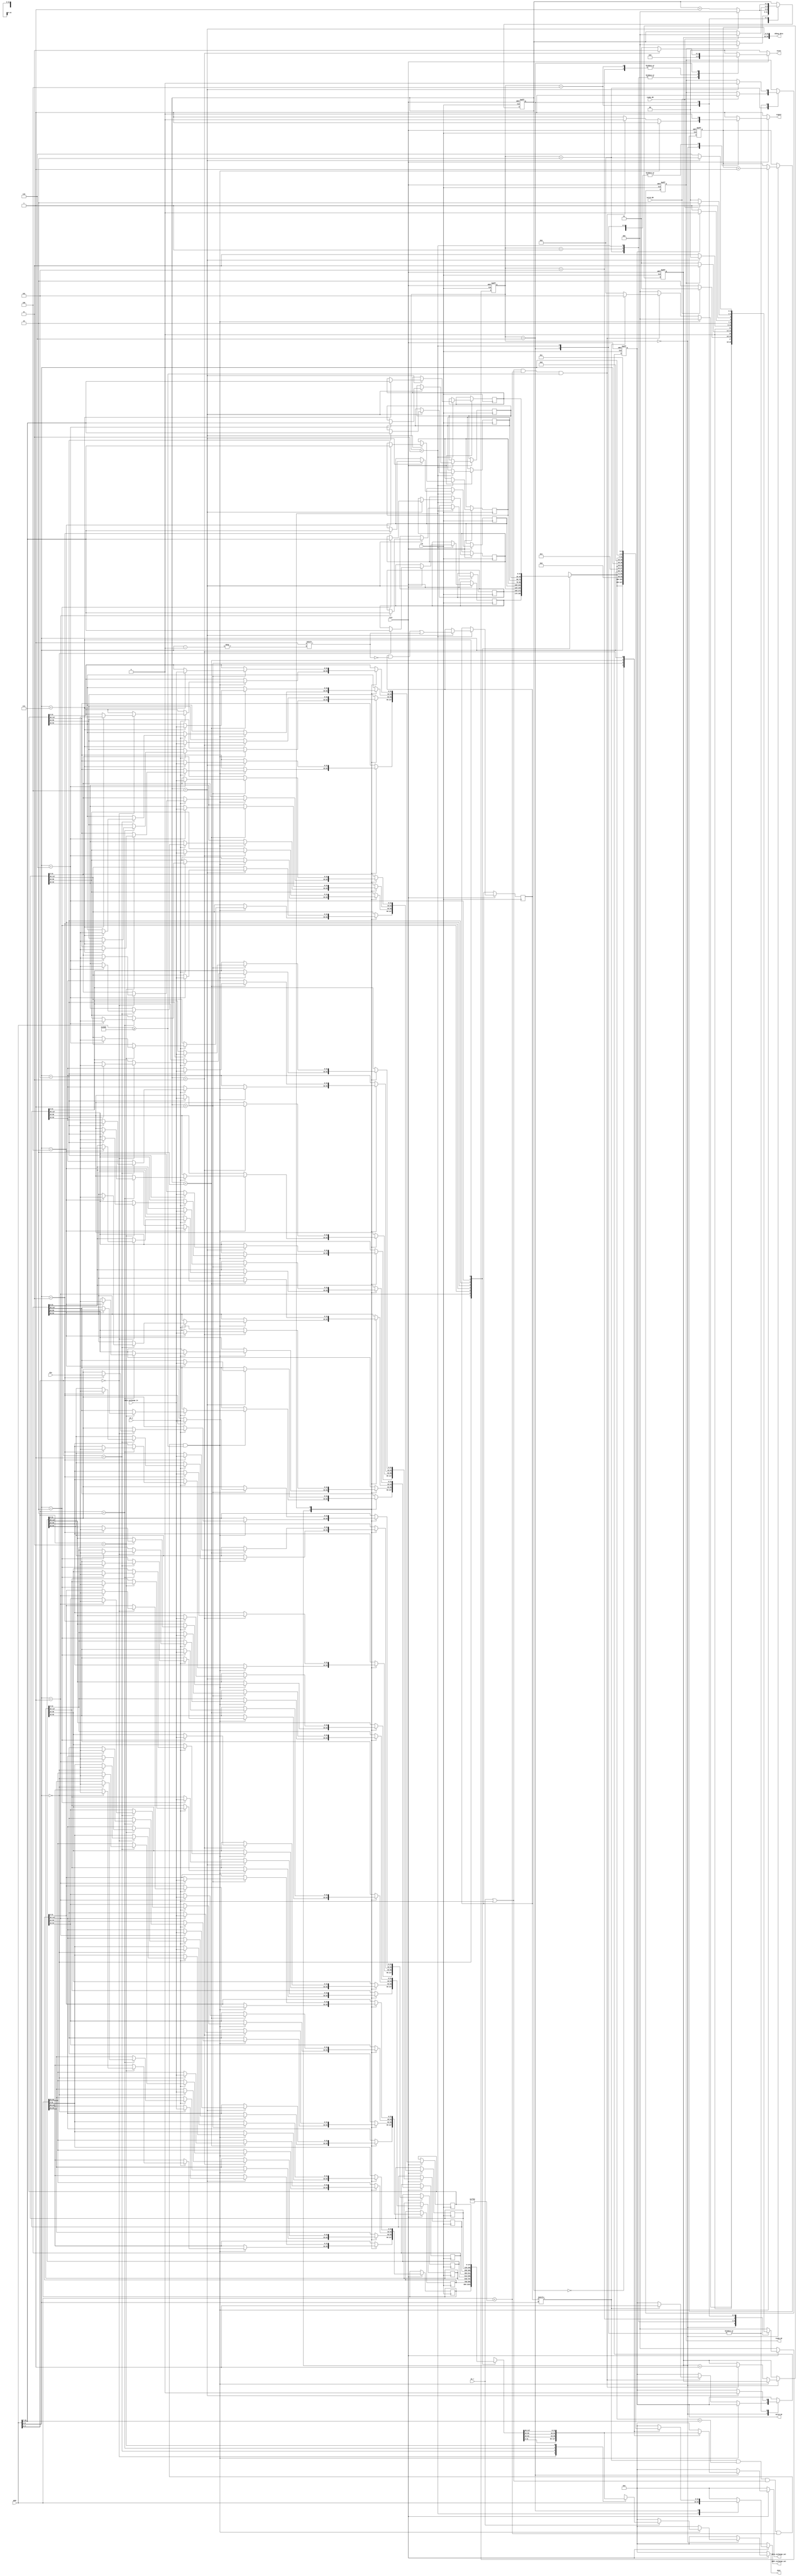
`timescale 1ns / 1ps
//////////////////////////////////////////////////////////////////////////////////
// Company: 
// Engineer: 
// 
// Design Name: 
// Module Name: Dcache
// Project Name: 
// Target Devices: 
// Tool Versions: 
// Description: 
// 
// Dependencies: 
// 
// Revision:
// Revision 0.01 - File Created
// Additional Comments:
// 
//////////////////////////////////////////////////////////////////////////////////

//Cache 8 4 1KB
module Dcache(
    output [63:0] debug_data,
    input clk,
    input rstn,
    input we_r,         //
    input we_w,         //
    input [31:0] addr,      //
    input [31:0] din,       //
    // input [31:0] addr_exchange_in,      //
    input [31:0] data_exchange_in,      //
    input ready_DM,         //Memready
    input valid_DM,         //Memvalid
    output reg[31:0] dout,     //
    output reg [31:0] addr_exchange_out,    //
    output reg [31:0] data_exchange_out,    //
    output valid_DC,        //Cachevalid
    output ready_DC,        //Cacheready
    output signal,          //
    output reg [1:0] state
);
reg [7:0] valid = 8'b0;
reg [24:0] tag [0:7];      //32 - 3 - 2 - 2 = 25
reg [127:0] cache_data [0:7];
reg [31:0] miss_time = 32'b0;
reg [31:0] ls_time = 32'b0;

wire [1:0] offset = addr[3:2];
wire [2:0] mark = addr[6:4];
wire hit =(valid[mark] != 0) && (tag[mark] == addr[31:7]) && (we_r || we_w) && (addr < 32'h7f00) && (addr >= 32'h2000);
// wire [7:0] part = (offset == 2'b00)?0:(offset == 2'b01)?32:(offset == 2'b10)?64:96;

parameter Work = 3'b000;
parameter Read_for_valid = 3'b001;
parameter Read_for_ready = 3'b010;
parameter Read = 3'b011;
parameter Write_for_valid = 3'b100;
parameter Write_for_ready = 3'b101;
parameter Write = 3'b110;

reg [2:0] current_state = Work;  
reg [2:0] next_state = Work;
reg my_ready = 0;
reg my_valid = 0;
reg done = 1;
reg [2:0] count = 3'b0;

assign signal = done;
assign valid_DC = my_valid;
assign ready_DC = my_ready;

always @(posedge clk,negedge rstn)
begin
    if(!rstn)begin
        current_state <= Work;
    end
    else begin
        current_state <= next_state;
    end
end

always @(*)
begin
    if(!rstn)begin
        next_state = Work;
        addr_exchange_out = 32'b0;
        data_exchange_out = 32'b0;
        dout = 32'b0;
        state = 2'b00;
        done = 1;
    end
    else begin
        addr_exchange_out = 32'b0;
        data_exchange_out = 32'b0;
        dout = 32'b0;
        case (current_state)
            Work: begin
                state = 2'b00;
                if(hit == 1)begin
                    next_state = Work;
                    done = 1;
                    if(we_r == 1)begin
                    case(offset)
                        2'b00: begin
                            dout = cache_data[mark][31:0];
                        end
                        2'b01:
                         begin
                            dout = cache_data[mark][63:32];
                        end
                        2'b10:
                         begin
                            dout = cache_data[mark][95:64];
                        end
                        2'b11:
                         begin
                            dout = cache_data[mark][127:96];
                        end
                    endcase
                end
                end
                else begin
                    if((we_r == 1 || we_w == 1) &&  (addr < 32'h7f00) && (addr >= 32'h2000))begin
                        done = 0;
                        if(valid[mark] == 1)
                            next_state = Write_for_ready;
                        else 
                            next_state = Read_for_ready;
                    end
                    else begin
                        next_state = Work;
                        done = 1;
                    end
                end
            end 
            Read_for_ready:begin
                state = 2'b10;
                done = 0;
                if(valid_DM == 1)
                    next_state = Read_for_valid;
                else
                    next_state = Read_for_ready;
            end
            Read_for_valid:begin
                state = 2'b10;
                done = 0;
                if(my_ready == 1)
                    next_state = Read;
                else
                    next_state = Read_for_valid;
            end
            Read:begin
                addr_exchange_out = addr;
                state = 2'b10;
                done = 0;
                if(count == 3'b100)
                    next_state = Work;
                else
                    next_state = Read;
            end
            Write_for_ready:begin
                state = 2'b01;
                done = 0;
                if(my_valid == 1)
                    next_state = Write_for_valid;
                else
                    next_state = Write_for_ready;
            end
            Write_for_valid:begin
                state = 2'b01;
                done = 0;
                if(ready_DM == 1)
                    next_state = Write;
                else
                    next_state = Write_for_valid;
            end
            Write:begin
                state = 2'b01;
                done = 0;
                case(count)
                3'b000:begin
                    data_exchange_out = cache_data[mark][31:0];
                    addr_exchange_out = {tag[mark],mark[2:0],2'b00,2'b00};
                end
                3'b001:begin
                    data_exchange_out = cache_data[mark][63:32];
                    addr_exchange_out = {tag[mark],mark[2:0],2'b01,2'b00};
                end
                3'b010:begin
                    data_exchange_out = cache_data[mark][95:64];
                    addr_exchange_out = {tag[mark],mark[2:0],2'b10,2'b00};
                end
                3'b011:begin
                    data_exchange_out = cache_data[mark][127:96] ;
                    addr_exchange_out = {tag[mark],mark[2:0],2'b11,2'b00};
                    state = 2'b11;
                end
                endcase
                if(count == 3'b100)
                    next_state = Read_for_ready;
                else
                    next_state = Write;
            end
            default:begin
                next_state = Work; 
                state = 2'b00;
                done = 1;
            end
        endcase

    end
end


always@(posedge clk,negedge rstn)
begin
    if(!rstn)begin
        my_valid <= 0;
        my_ready <= 0;
        count <= 3'b000;
        miss_time <= 32'b0;
        ls_time <= 32'b0;
    end
    else begin
    case (current_state)
        Work:begin
            if(hit == 1) begin    
                ls_time <= ls_time + 1'b1;
                if(we_w == 1)begin
                    case(offset)
                        2'b00: begin
                            cache_data[mark][31:0] <= din;
                        end
                        2'b01:
                         begin
                            cache_data[mark][63:32] <= din;
                        end
                        2'b10:
                         begin
                            cache_data[mark][95:64] <= din;
                        end
                        2'b11:
                         begin
                            cache_data[mark][127:96] <= din;
                        end
                    endcase
                end
            end
            else begin
            if((we_r == 1 || we_w == 1) &&  (addr < 32'h7f00) && (addr >= 32'h2000))begin
                miss_time <= miss_time + 1;
                if(valid[mark] == 1)begin
                    my_valid <= 1;
                end
                else begin
                    ;
                end
            end
            else begin

            end

            end
        end
        Read_for_ready:begin
            if(valid_DM == 1)
                my_ready <= 1;
        end
        Read_for_valid:begin    
            if(my_ready == 1)begin
                count <= 3'b0;
                // addr_exchange_out <= addr;
            end
        end
        Read:begin
            case(count)
                3'b001:begin
                    cache_data[mark][31:0] <= data_exchange_in;
                end
                3'b010:begin
                    cache_data[mark][63:32] <= data_exchange_in;
                end
                3'b011:begin
                    cache_data[mark][95:64] <= data_exchange_in;
                end
                3'b100:begin
                    cache_data[mark][127:96] <= data_exchange_in;
                    tag[mark][24:0] <= addr[31:7];
                    valid[mark] <= 1;
                end
                default:begin

                end     
            endcase
            if(count == 3'b100) begin
                my_ready <= 0;
                my_valid <= 0;
                count <= 0;
            end
            else begin
                count <= count + 3'b1;
            end
        end
        Write_for_ready:begin
            if(my_valid == 1)begin

            end
        end
        Write_for_valid:begin
            if(ready_DM == 1)begin
                count <= 3'b0;
            end
        end
        Write:begin
            if(count == 3'b100) begin
                // valid[mark] <= 1;
                my_ready <= 0;
                my_valid <= 0;
                count <= 0;
            end
            else begin
                count <= count + 2'b1;
            end
        end
        default: begin

        end
    endcase
    end

end


assign debug_data = {miss_time,ls_time};
endmodule